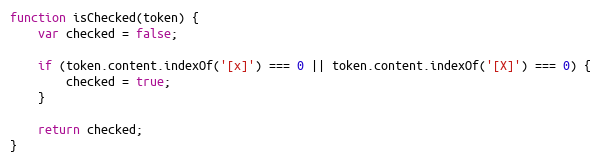
Language: JavaScript
function isChecked(token) {
    var checked = false;

    if (token.content.indexOf('[x]') === 0 || token.content.indexOf('[X]') === 0) {
        checked = true;
    }

    return checked;
}